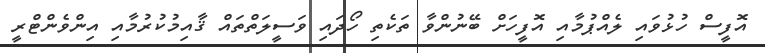
އޮފީސް ހުޅުވައި ލެއްޕުމާއި އޮފީހަށް ބޭނުންވާ ތަކެތި ހޯދައި ވަސީލަތްތައް ޤާއިމުކުރުމާއި އިންވެންޓްރީ